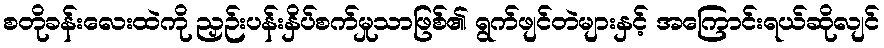
စတိုခန်းလေးထဲကို ညှဉ်းပန်းနှိပ်စက်မှုသာဖြစ်၏ ရွက်ဖျင်တဲများနှင့် အကြောင်းရယ်ဆိုလျင်